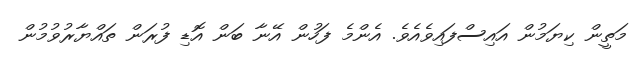
މަތީން ކިޔަމުން އައިސްފައިވެއެވެ. އެންމެ ފަހުން އޭނާ ބަން އޮޑި ފުރަން ތައްޔާރުވުމުން